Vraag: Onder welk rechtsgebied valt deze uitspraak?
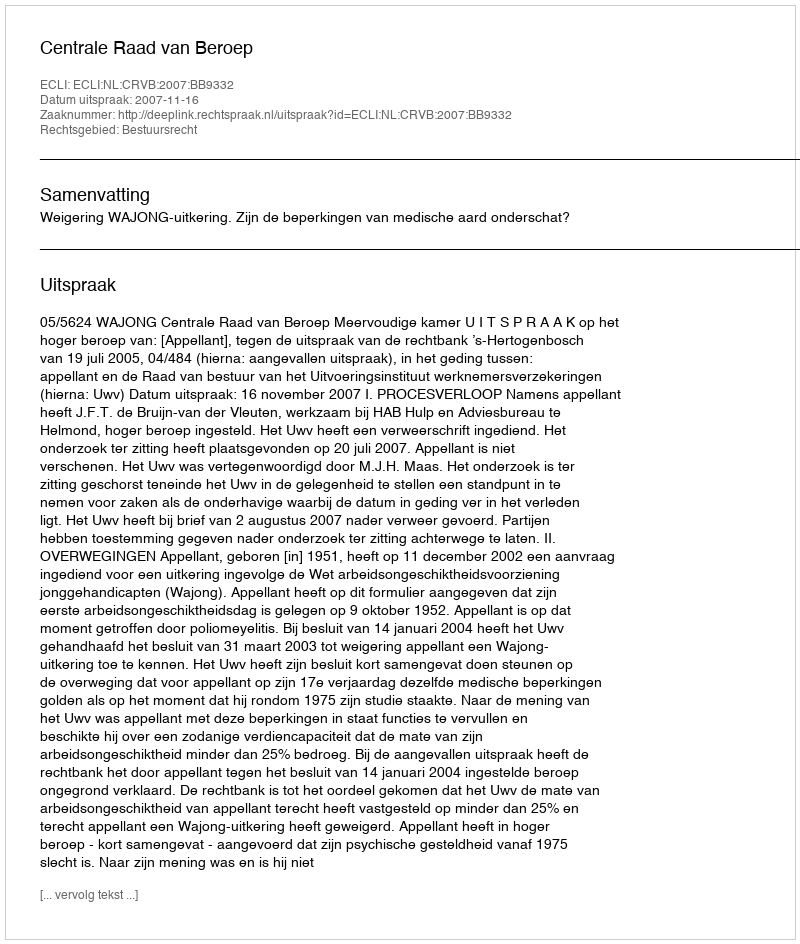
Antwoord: Bestuursrecht